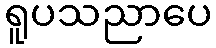
ရူပသညာပေ